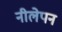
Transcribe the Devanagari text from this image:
नीलेपन